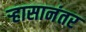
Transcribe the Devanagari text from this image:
र्‍हासानंतर